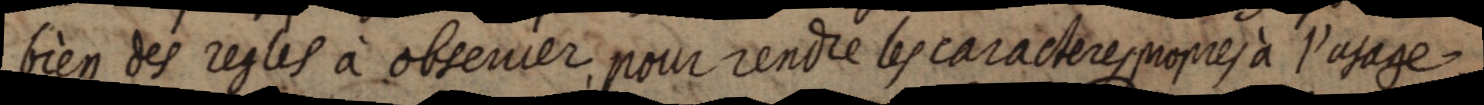
bien des regles à observer pour rendre les caracteres propres à l’usage.